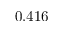
0 . 4 1 6